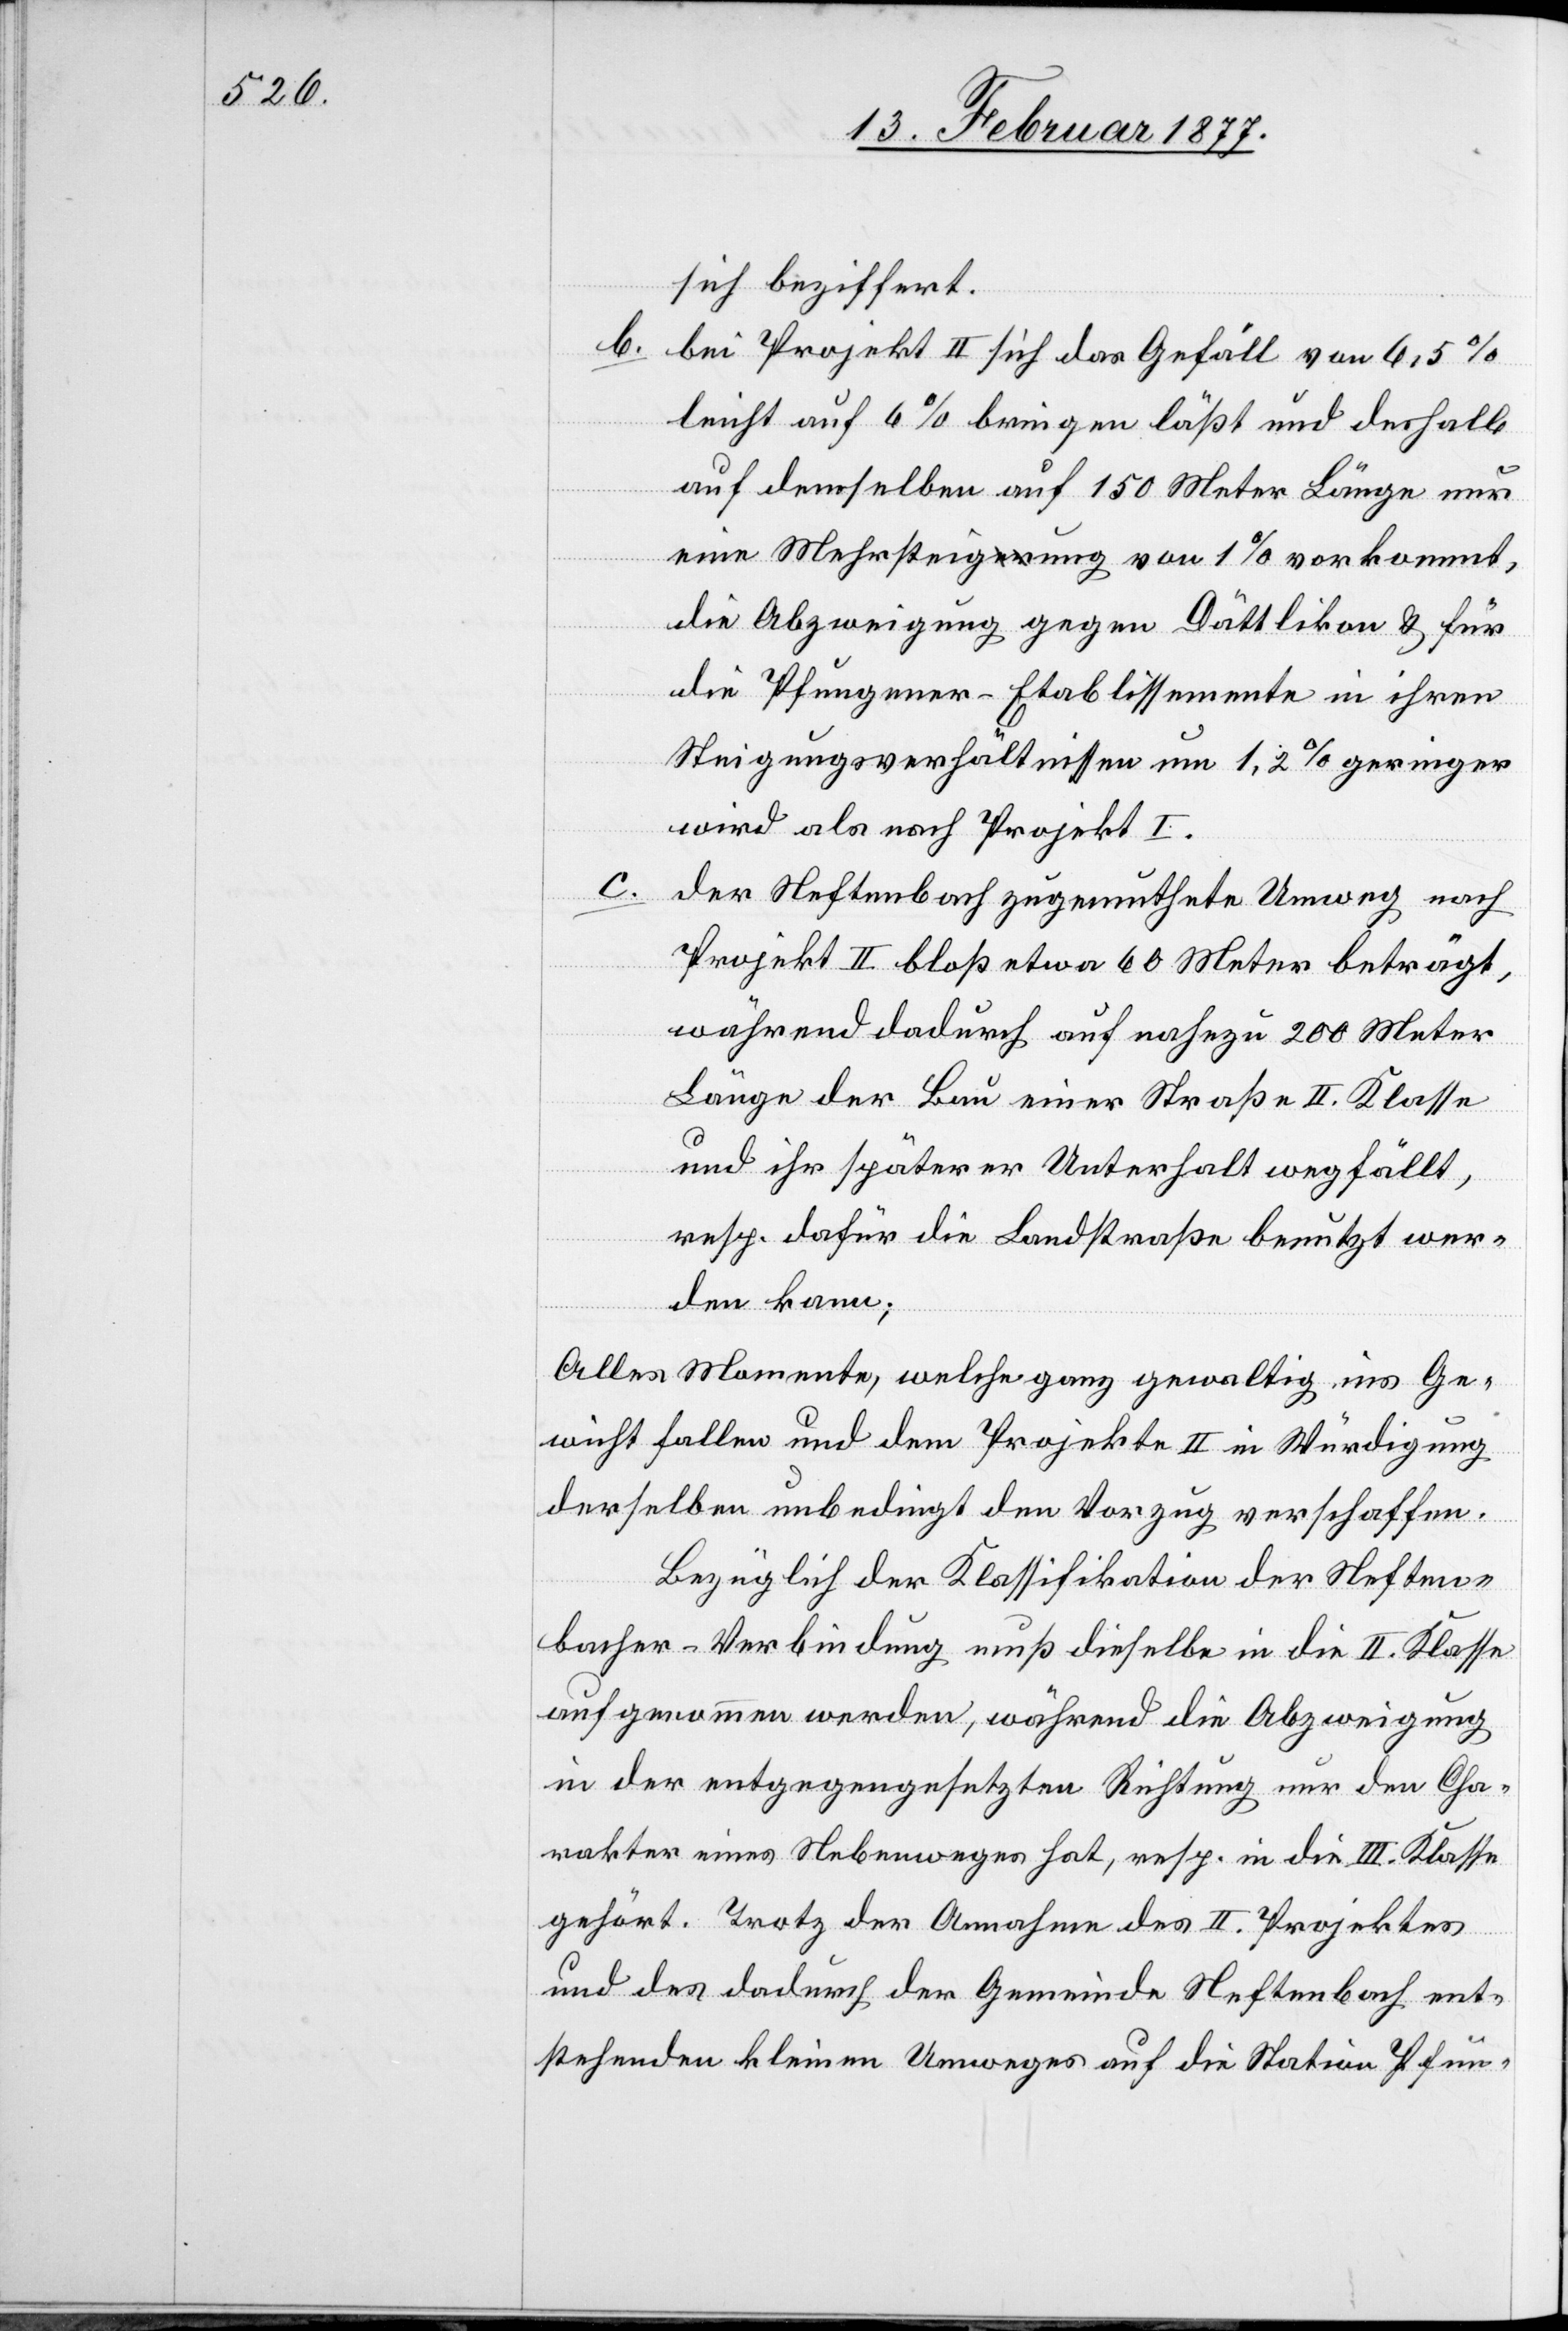
sich beziffert.
b. bei Projekt II sich das Gefäll von 6,5%
leicht auf 6% bringen läßt und deshalb
auf demselben auf 150 Meter Länge nur
eine Mehrsteigung von 1% vorkommt,
die Abzweigung gegen Dättlikon & für
die Pfungener-Etablissemente in ihren
Steigungsverhältnissen um 1,2% geringer
wird als nach Projekt I.
c.
der Neftenbach zugemuthete Umweg nach
Projekt II bloß etwa 60 Meter beträgt,
während dadurch auf nahezu 200 Meter
Länge der Bau einer Straße II. Klasse
und ihr späterer Unterhalt wegfällt
resp. dafür die Landstraße benutzt wer¬
den kann;
Alles Momente, welche ganz gewaltig ins Ge¬
wicht fallen und dem Projekte II in Würdigung
derselben unbedingt den Vorzug verschaffen.
Bezüglich der Klassifikation der Neften¬
bacher-Verbindung muß dieselbe in die II. Klasse
aufgenommen werden, während die Abzweigung
in der entgegengesetzten Richtung nur den Cha¬
rakter eines Nebenweges hat, resp. in die III. Klasse
gehört. Trotz der Annahme des II. Projektes
und des dadurch der Gemeinde Neftenbach ent¬
stehenden kleinen Umweges auf die Station Pfun-